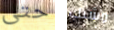
حتى مشبك